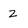
Character: z